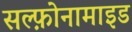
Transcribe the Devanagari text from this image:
सल्फ़ोनामाइड